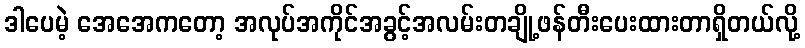
ဒါပေမဲ့ အေအေကတော့ အလုပ်အကိုင်အခွင့်အလမ်းတချို့ဖန်တီးပေးထားတာရှိတယ်လို့